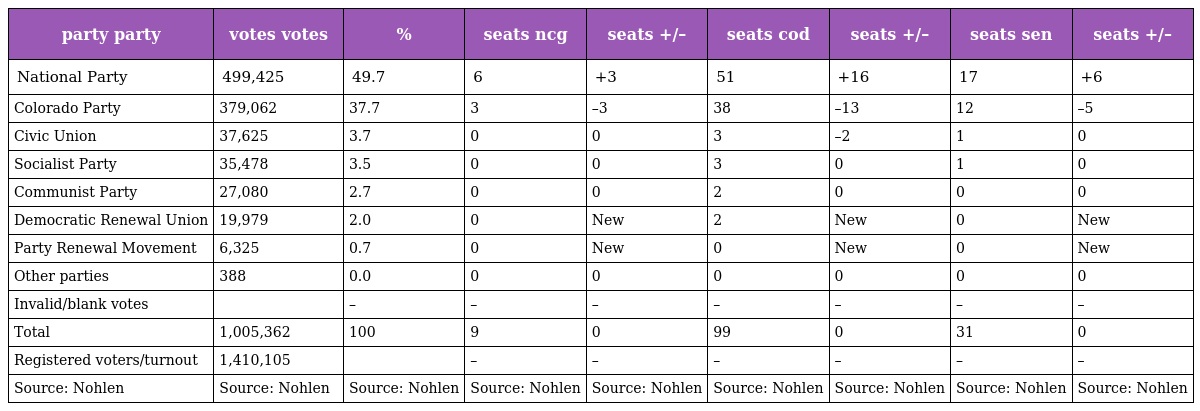
| party party | votes votes | % | seats ncg | seats +/– | seats cod | seats +/– | seats sen | seats +/– |
 | --- | --- | --- | --- | --- | --- | --- | --- | --- |
 | National Party | 499,425 | 49.7 | 6 | +3 | 51 | +16 | 17 | +6 |
 | Colorado Party | 379,062 | 37.7 | 3 | –3 | 38 | –13 | 12 | –5 |
 | Civic Union | 37,625 | 3.7 | 0 | 0 | 3 | –2 | 1 | 0 |
 | Socialist Party | 35,478 | 3.5 | 0 | 0 | 3 | 0 | 1 | 0 |
 | Communist Party | 27,080 | 2.7 | 0 | 0 | 2 | 0 | 0 | 0 |
 | Democratic Renewal Union | 19,979 | 2.0 | 0 | New | 2 | New | 0 | New |
 | Party Renewal Movement | 6,325 | 0.7 | 0 | New | 0 | New | 0 | New |
 | Other parties | 388 | 0.0 | 0 | 0 | 0 | 0 | 0 | 0 |
 | Invalid/blank votes |  | – | – | – | – | – | – | – |
 | Total | 1,005,362 | 100 | 9 | 0 | 99 | 0 | 31 | 0 |
 | Registered voters/turnout | 1,410,105 |  | – | – | – | – | – | – |
 | Source: Nohlen | Source: Nohlen | Source: Nohlen | Source: Nohlen | Source: Nohlen | Source: Nohlen | Source: Nohlen | Source: Nohlen | Source: Nohlen |